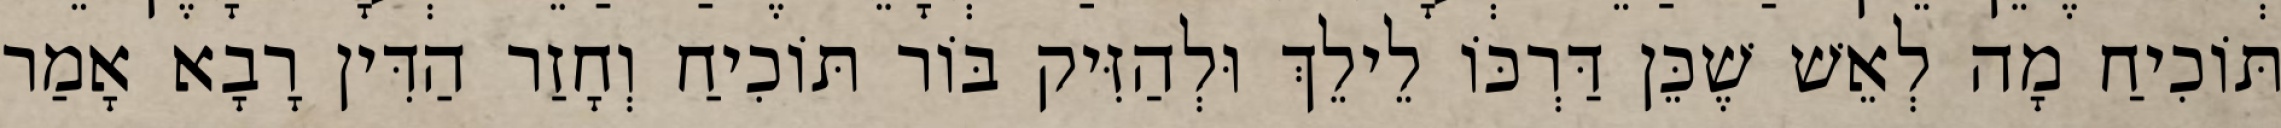
תּוֹכִיחַ מָה לְאֵשׁ שֶׁכֵּן דַּרְכּוֹ לֵילֵךְ וּלְהַזִּיק בּוֹר תּוֹכִיחַ וְחָזַר הַדִּין רָבָא אָמַר